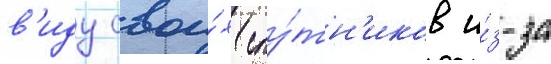
в'иду свои́х спу́тн'иков и́з-за